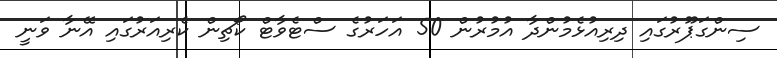
ސިންގަޕޫރުގައި ދިރިއުޅެމުންދާ އުމުރުން 50 އަހަރުގެ ސްޓެވާޓް ކޯޗިން ކެރިއަރުގައި އޭނާ ވަނީ